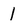
Character: 1